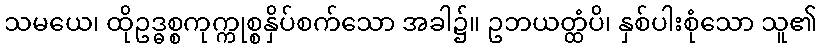
သမယေ၊ ထိုဥဒ္ဓစ္စကုက္ကုစ္စနှိပ်စက်သော အခါ၌။ ဥဘယတ္ထံပိ၊ နှစ်ပါးစုံသော သူ၏